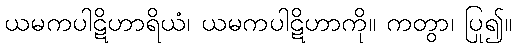
ယမကပါဋိဟာရိယံ၊ ယမကပါဋိဟာကို။ ကတွာ၊ ပြု၍။